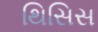
થિસિસ